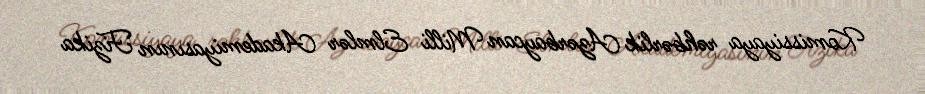
Komissiyaya rəhbərlik Azərbaycan Milli Elmlər Akademiyasının Fizika